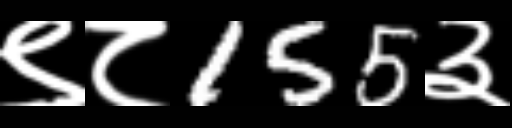
Text: ९८155३